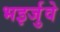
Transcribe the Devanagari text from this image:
भइर्जुवे